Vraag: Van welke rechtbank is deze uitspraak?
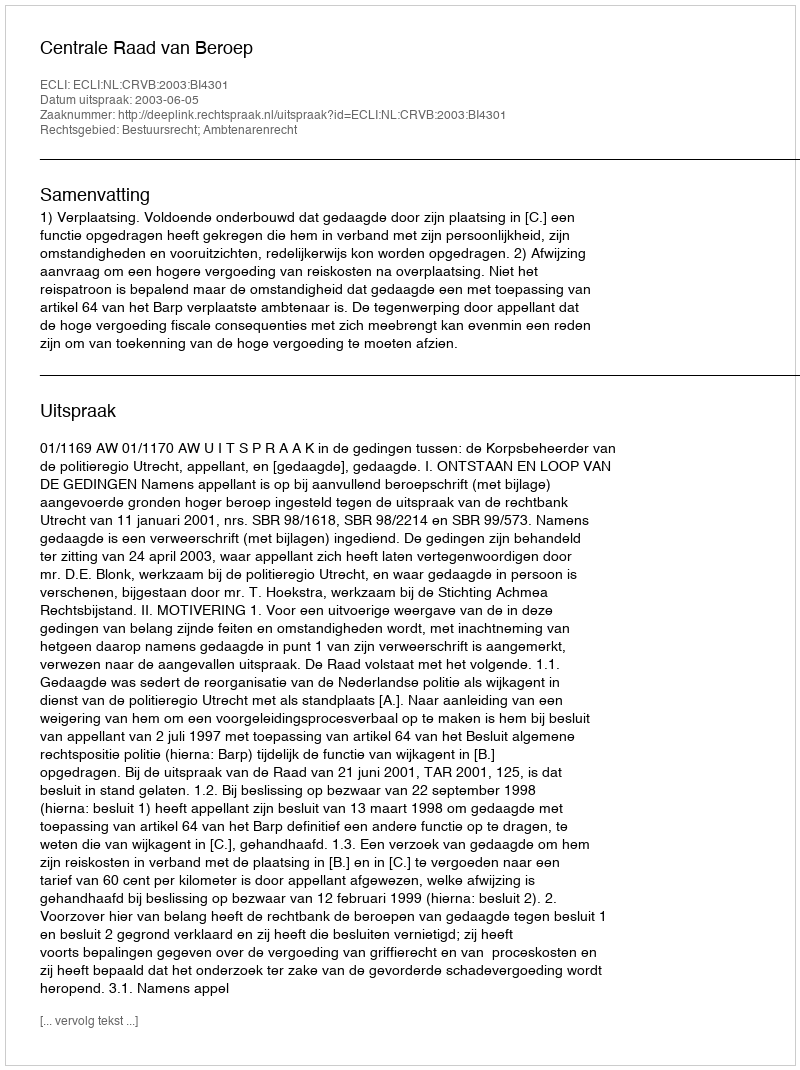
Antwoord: Centrale Raad van Beroep